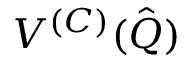
V ^ { ( C ) } ( \hat { \boldsymbol { Q } } )